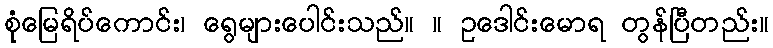
စုံမြေရိပ်ကောင်း၊ ရွေများပေါင်းသည်။ ။ ဥဒေါင်းမောရ တွန်ပြီတည်း။